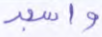
واسجد